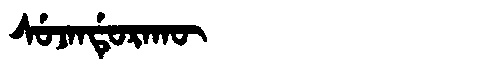
Manchu: ᠰᡠᠵᠠᠨᡩᡠᡵᠠᡴᡡ
Romanization: SUJANDURAKŪ